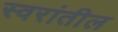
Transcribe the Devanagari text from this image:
स्वरांतील